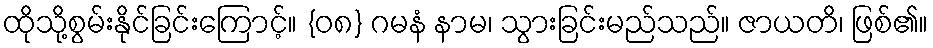
ထိုသို့စွမ်းနိုင်ခြင်းကြောင့်။ {၀၈} ဂမနံ နာမ၊ သွားခြင်းမည်သည်။ ဇာယတိ၊ ဖြစ်၏။